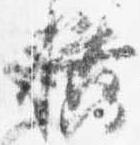
横